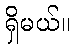
ရှိမယ်။